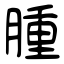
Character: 腫